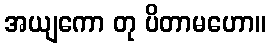
အယျကော တု ပိတာမဟော။